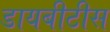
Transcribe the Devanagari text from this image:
डायबीटीस